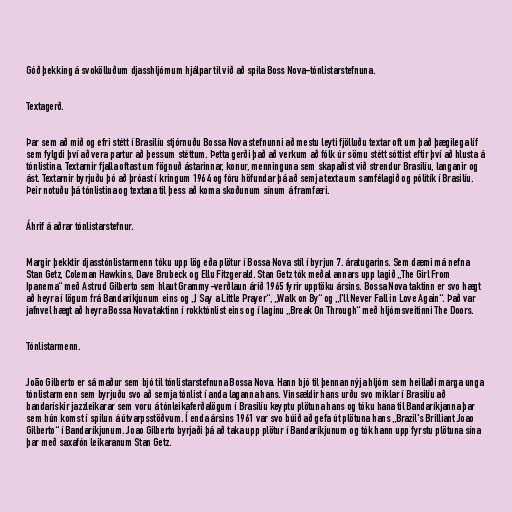
Góð þekking á svokölluðum djasshljómum hjálpar til við að spila Boss Nova-tónlistarstefnuna.

Textagerð.

Þar sem að mið og efri stétt í Brasilíu stjórnuðu Bossa Nova stefnunni að mestu leyti fjölluðu textar oft um það þægilega líf
sem fylgdi því að vera partur að þessum stéttum. Þetta gerði það að verkum að fólk úr sömu stétt sóttist eftir því að hlusta á
tónlistina. Textarnir fjalla oftast um fögnuð ástarinnar, konur, menninguna sem skapaðist við strendur Brasilíu, langanir og
ást. Textarnir byrjuðu þó að þróast í kringum 1964 og fóru höfundar þá að semja texta um samfélagið og pólitík í Brasilíu.
Þeir notuðu þá tónlistina og textana til þess að koma skoðunum sínum á framfæri.

Áhrif á aðrar tónlistarstefnur.

Margir þekktir djasstónlistarmenn tóku upp lög eða plötur í Bossa Nova stíl í byrjun 7. áratugarins. Sem dæmi má nefna
Stan Getz, Coleman Hawkins, Dave Brubeck og Ellu Fitzgerald. Stan Getz tók meðal annars upp lagið „The Girl From
Ipanema“ með Astrud Gilberto sem hlaut Grammy-verðlaun árið 1965 fyrir upptöku ársins. Bossa Nova taktinn er svo hægt
að heyra í lögum frá Bandaríkjunum eins og „I Say a Little Prayer“, „Walk on By“ og „I'll Never Fall in Love Again“. Það var
jafnvel hægt að heyra Bossa Nova taktinn í rokktónlist eins og í laginu „Break On Through“ með hljómsveitinni The Doors.

Tónlistarmenn.

João Gilberto er sá maður sem bjó til tónlistarstefnuna Bossa Nova. Hann bjó til þennan nýja hljóm sem heillaði marga unga
tónlistarmenn sem byrjuðu svo að semja tónlist í anda laganna hans. Vinsældir hans urðu svo miklar í Brasilíu að
bandarískir jazzleikarar sem voru á tónleikaferðalögum í Brasilíu keyptu plötuna hans og tóku hana til Bandaríkjanna þar
sem hún komst í spilun á útvarpsstöðvum. Í enda ársins 1961 var svo búið að gefa út plötuna hans „Brazil's Brilliant Joao
Gilberto“ í Bandaríkjunum. Joao Gilberto byrjaði þá að taka upp plötur í Bandaríkjunum og tók hann upp fyrstu plötuna sína
þar með saxafón leikaranum Stan Getz.